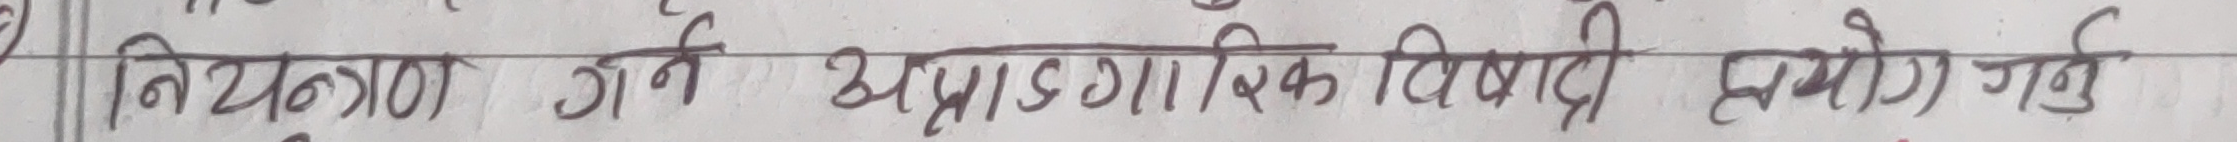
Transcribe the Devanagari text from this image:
नियन्त्रण गर्ने प्रागदायिक विवादी सम्झौता गर्नु